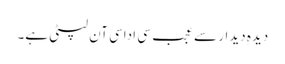
دیدہِ دیدار سے عجب سی اداسی آن لپٹی ہے۔